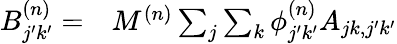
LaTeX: \begin{array}{rl}{B_{j^{\prime}k^{\prime}}^{(n)}=}&{{}M^{(n)}\sum_{j}\sum_{k}\phi_{j^{\prime}k^{\prime}}^{(n)}A_{jk,j^{\prime}k^{\prime}}}\end{array}